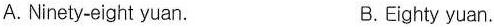
A. Ninety-eight yuan. B.Eighty yuan.